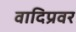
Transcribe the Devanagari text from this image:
वादिप्रवर